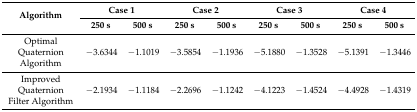
<table><thead><tr><td rowspan="2"><b>Algorithm</b></td><td colspan="2"><b>Case 1</b></td><td colspan="2"><b>Case 2</b></td><td colspan="2"><b>Case 3</b></td><td colspan="2"><b>Case 4</b></td></tr><tr><td><b>250 s</b></td><td><b>500 s</b></td><td><b>250 s</b></td><td><b>500 s</b></td><td><b>250 s</b></td><td><b>500 s</b></td><td><b>250 s</b></td><td><b>500 s</b></td></tr></thead><tbody><tr><td>Optimal Quaternion Algorithm</td><td>−3.6344</td><td>−1.1019</td><td>−3.5854</td><td>−1.1936</td><td>−5.1880</td><td>−1.3528</td><td>−5.1391</td><td>−1.3446</td></tr><tr><td>Improved Quaternion Filter Algorithm</td><td>−2.1934</td><td>−1.1184</td><td>−2.2696</td><td>−1.1242</td><td>−4.1223</td><td>−1.4524</td><td>−4.4928</td><td>−1.4319</td></tr></tbody></table>